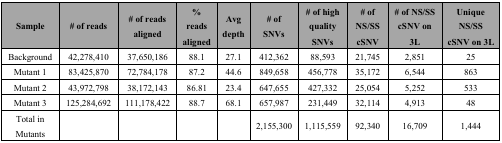
<table><thead><tr><td><b>Sample</b></td><td><b># of reads</b></td><td><b># of reads aligned</b></td><td><b>% reads aligned </b></td><td><b>Avg depth</b></td><td><b># of SNVs</b></td><td><b># of high quality SNVs</b></td><td><b># of NS/SS cSNV</b></td><td><b># of NS/SS cSNV on 3L</b></td><td><b>Unique NS/SS cSNV on 3L</b></td></tr></thead><tbody><tr><td>Background</td><td>42,278,410</td><td>37,650,186</td><td>88.1</td><td>27.1</td><td>412,362</td><td>88,593</td><td>21,745</td><td>2,851</td><td>25</td></tr><tr><td>Mutant 1</td><td>83,425,870</td><td>72,784,178</td><td>87.2</td><td>44.6</td><td>849,658</td><td>456,778</td><td>35,172</td><td>6,544</td><td>863</td></tr><tr><td>Mutant 2</td><td>43,972,798</td><td>38,172,143</td><td>86.81</td><td>23.4</td><td>647,655</td><td>427,332</td><td>25,054</td><td>5,252</td><td>533</td></tr><tr><td>Mutant 3</td><td>125,284,692</td><td>111,178,422</td><td>88.7</td><td>68.1</td><td>657,987</td><td>231,449</td><td>32,114</td><td>4,913</td><td>48</td></tr><tr><td>Total in Mutants</td><td></td><td></td><td></td><td></td><td>2,155,300</td><td>1,115,559</td><td>92,340</td><td>16,709</td><td>1,444</td></tr></tbody></table>